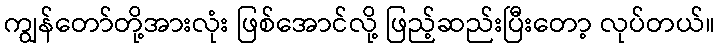
ကျွန်တော်တို့အားလုံး ဖြစ်အောင်လို့ ဖြည့်ဆည်းပြီးတော့ လုပ်တယ်။